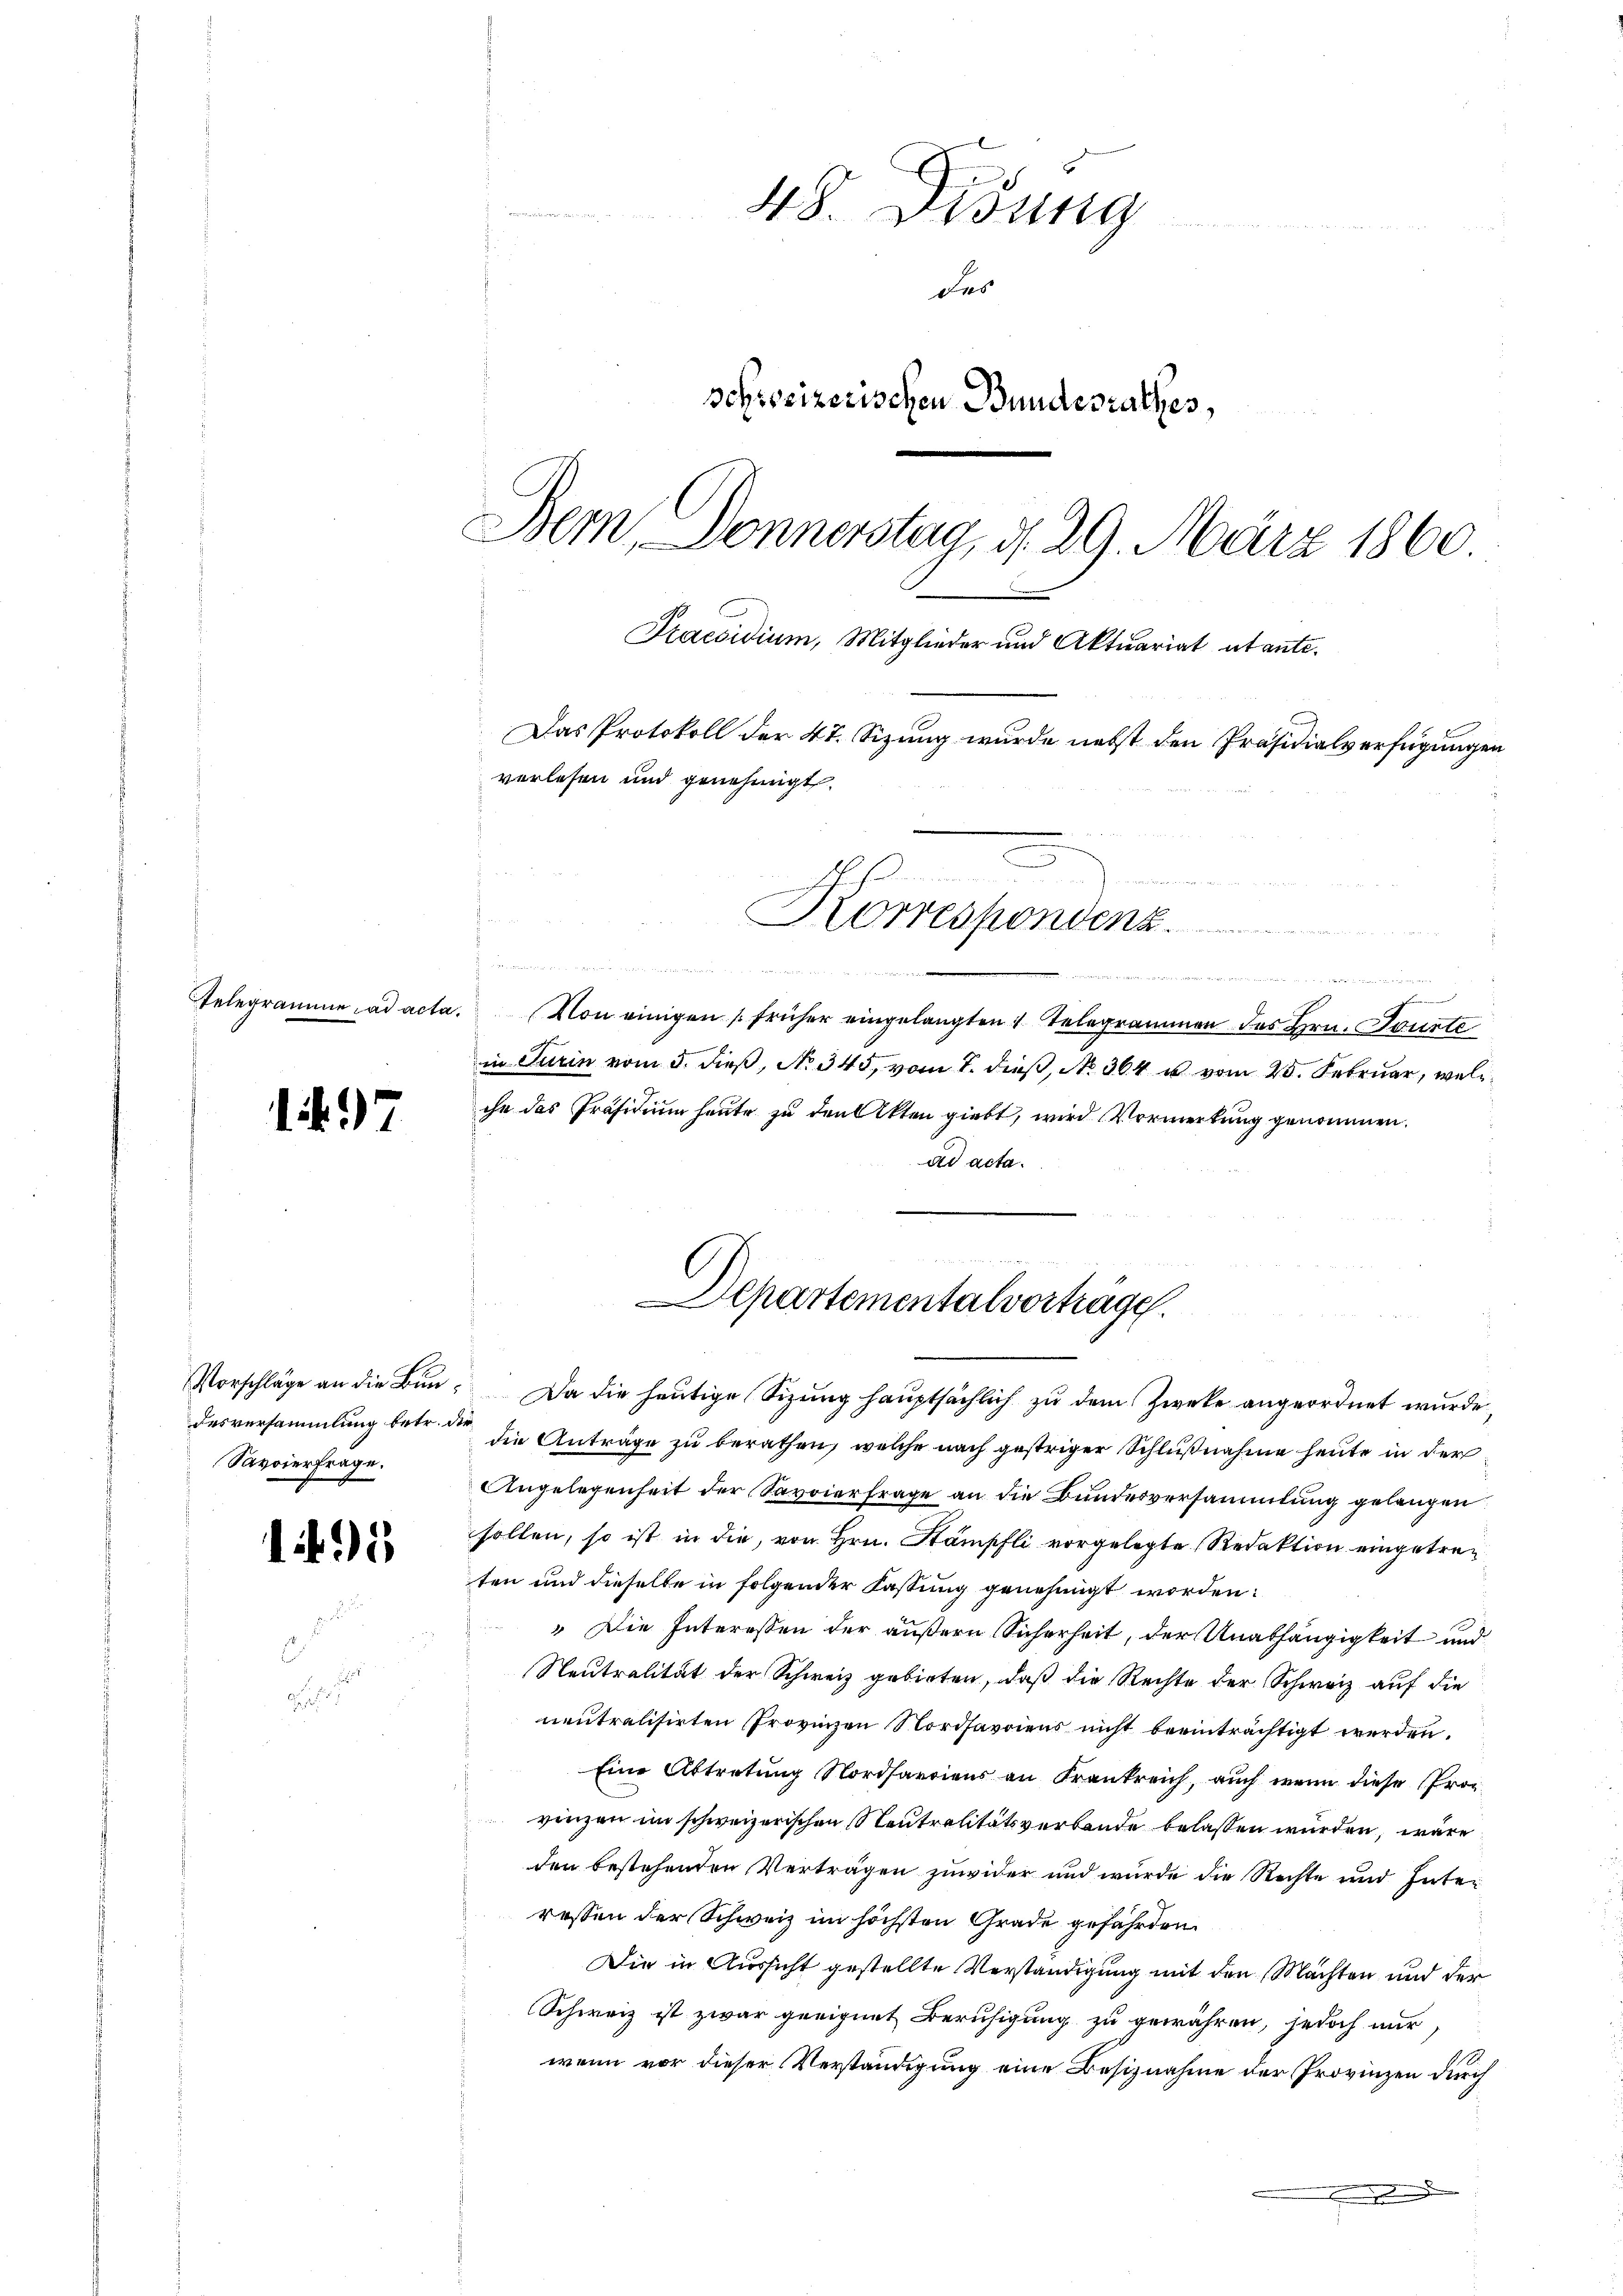
197

Savoierfrage.

11

Momen
48. Didung
Des
schreizerischen Bundesrathes,
Dem Donnerstag, d. 29. März 1860.
Praesidium, Mitglieder und Aktuariat utante.
Das Protokoll der 47. Sizung wurde nebst den Präsidialverfügungen
verlesen und genehmigt.
emein
Korrespondenz
 . . . . .
eget werden mit sehr verrenten

Departementalverträge.

Vorschläge an die Bŭn. Da die heŭtige Sizŭng haŭptsächlich zŭ dem Zwecke angeordnet wurde,
desversammlung betr. die die Anträge zu berathen, welche nach gestriger Schlußnahme heute in der
Angelegenheit der Savoierfrage an die Bunderversammlung gelangen
sollen, so ist in die, von Hrn. Stämpfli vorgelegte Redaktion eingetreten und dieselbe in folgender Fassung genehmigt worden:
" Die Interessen der äußern Sicherheit, der Unabhängigkeit und
Neutralität der Schweiz gebieten, daß die Rechte der Schweiz auf die
neutralisirten Provinzen Nordsavoiens nicht beeinträchtigt werden.
Eine Abtretung Nordhardiens an Frankreich, auch wenn diese Provinzen im schweizerischen Neutralitätsverbande belassen würden, wäre
den bestehenden Verträgen zuwider und wurde die Rechte und Inter
ressen der Schweiz im höchsten Grade gefährden
Die in Aussicht gestellte Verständigung mit den Mächten und der
Schweiz ist zwar geeignet Beruhigung zu gewähren, jedoch nur
wenn vor dieser Verständigung eine Besiznahme der Provinzen durch
.

n
Telegramme ad acta. Von einigen früher eingelangten 1 Telegrammen des Hrn. Tourte
in Turin vom 5. dieß, No 345, vom 7. dieß, No. 364 u. vom 25. Februar, welc
che das Präsidium heute zu den Akten giebt, wird Vormerkung genommen.
ad acta.